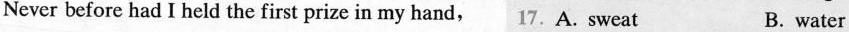
Never before had I held the first prize in my hand,17.A.Sweat B. water